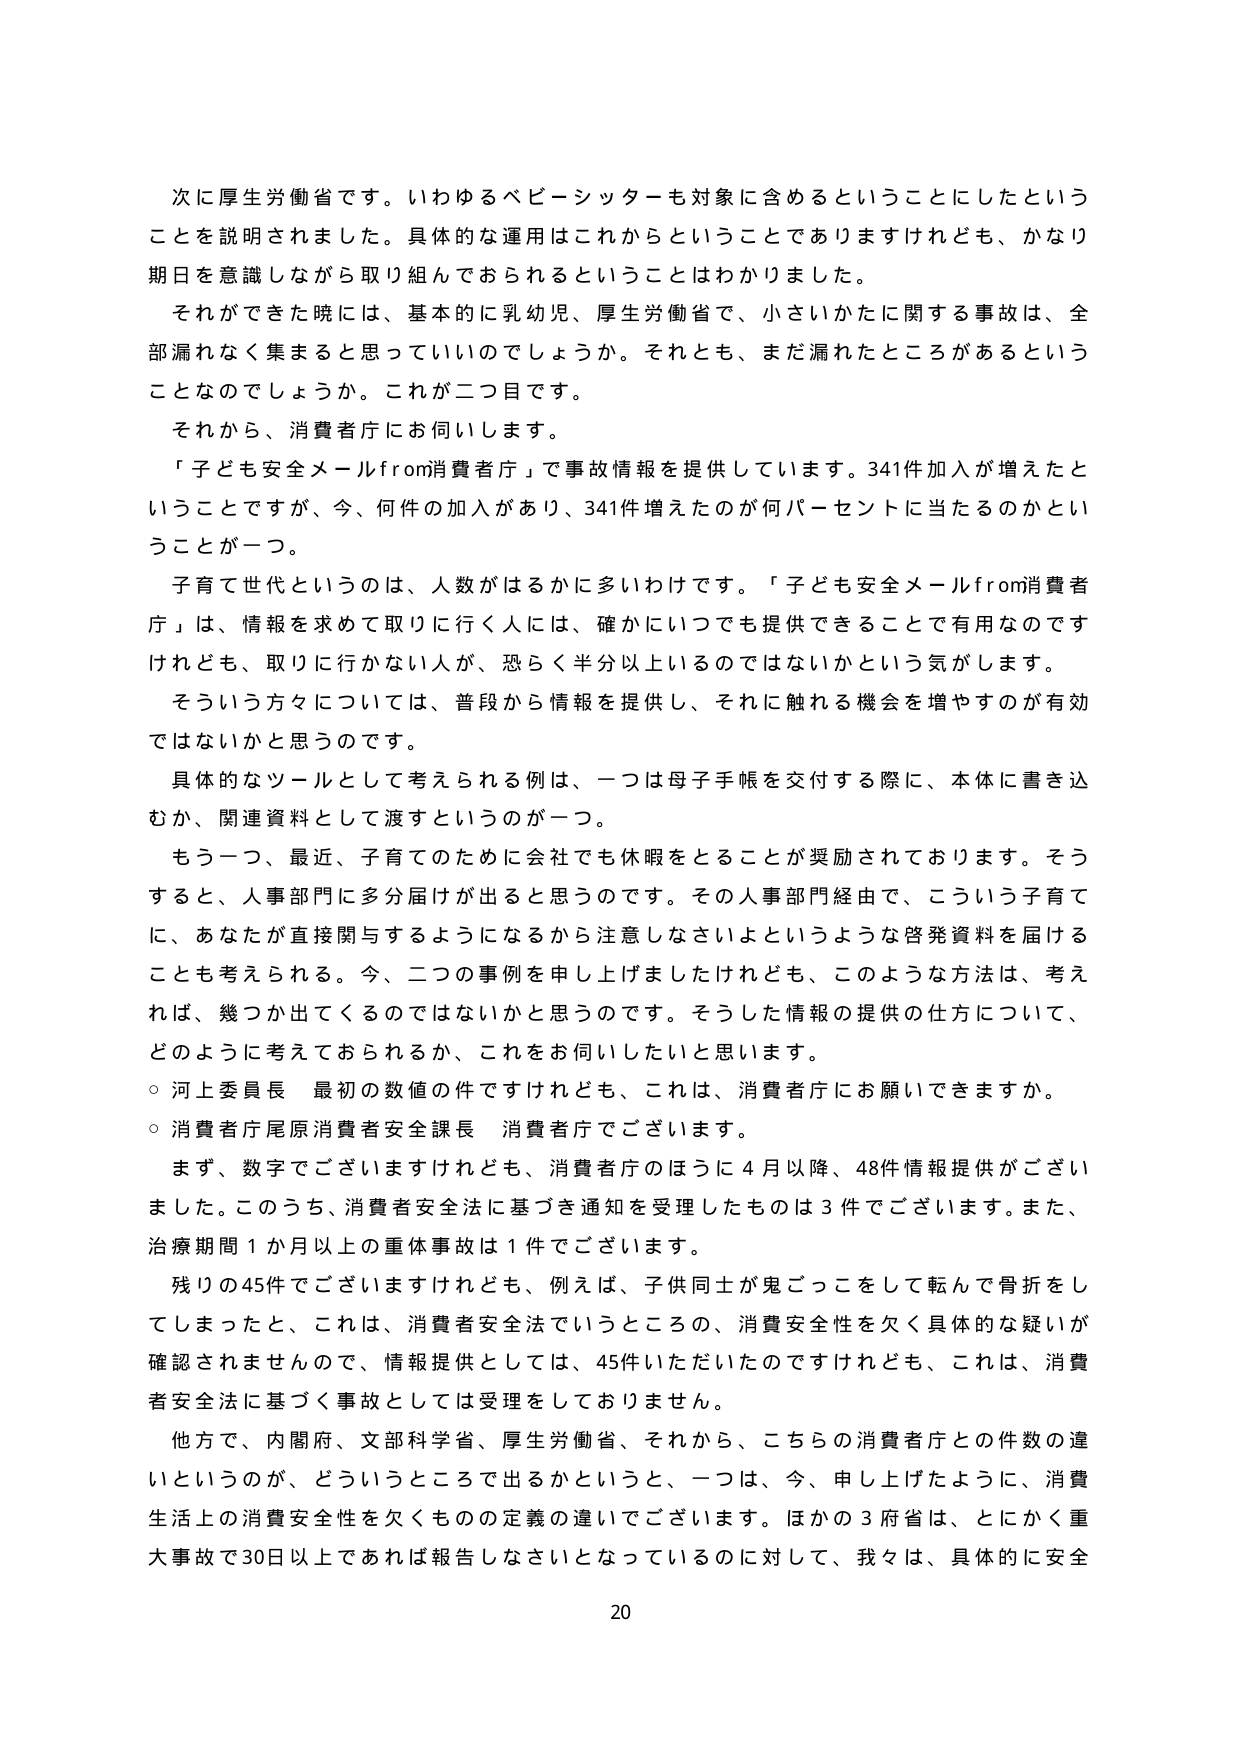
次に厚生労働省です。いわゆるベビーシッターも対象に含めるということにしたということを説明されました。具体的な運用はこれからということでありますけれども、かなり期日を意識しながら取り組んでおられるということはわかりました。

それができてきた暁には、基本的に乳幼児、厚生労働省で、小さいかたに関する事故は、全部漏れなく集まると思っていいのでしょうか。それとも、まだ漏れたところがあるということなのでしょうか。これが二つ目です。

それから、消費者庁にお伺いします。

「子ども安全メールfrom消費者庁」で事故情報を提供しています。341件加入が増えたということですが、今、何件の加入があり、341件増えたのが何パーセントに当たるのかということが一つ。

子育て世代というのは、人数がるかに多いわけです。「子ども安全メールfrom消費者庁」は、情報を求めて取りに行く人には、確かにいつでも提供できることで有用なのですが、取りに行かない人が、恐らく半分以上いるのではないかという気がします。

そういう方々については、普段から情報を提供し、それに触れる機会を増やすのが有効ではないかと思うのです。

具体的なツールとして考えられる例は、一つは母子手帳を交付する際に、本体に書き込むか、関連資料として渡すというのが一つ。

もう一つ、最近、子育てのために会社でも休暇をとることが奨励されております。そうすると、人事部門に多分届けが出ると思うのです。その人事部門経由で、こういう子育てに、あなたが直接関与するようになるから注意しなさいよというような啓発資料を届けることも考えられる。今、二つの事例を申し上げましたけれども、このような方法は、考えれば、幾つか出てくるのではないかと思うのです。そうした情報の提供の仕方について、どのように考えておられるか、これをお伺いしたいと思います。

○ 河上委員長 最初の数値の件ですけれども、これは、消費者庁にお願いできますか。

○ 消費者庁尾原消費者安全課長 消費者庁でございます。

まず、数字でございますけれども、消費者庁のほうに4月以降、48件情報提供がございました。このうち、消費者安全法に基づき通知を受理したものは3件でございます。また、治療期間1か月以上の重体事故は1件でございます。

残りの45件でございますけれども、例えば、子供同士が鬼ごっこをして転んで骨折をしてしまったと、これは、消費者安全法でいうところの、消費安全性を欠く具体的な疑いが確認されませんので、情報提供としては、45件いただいたのですけれども、これは、消費者安全法に基づく事故としては受理をしておりません。

他方で、内閣府、文部科学省、厚生労働省、それから、こちらの消費者庁との件数の違いというのが、どういうところで出るかというと、一つは、今、申し上げたように、消費生活上の消費安全性を欠くものの定義の違いでございます。ほかの3府省は、とにかく重大事故で30日以上であれば報告しなさいとなっているのに対して、我々は、具体的に安全

20